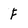
Character: F